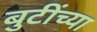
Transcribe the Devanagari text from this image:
बुटींच्या